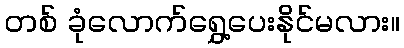
တစ် ခုံလောက်ရွှေ့ပေးနိုင်မလား။